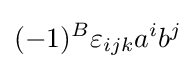
(-1)^{B}\varepsilon _{ijk}a^{i}b^{j}